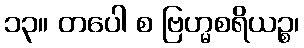
၁၃။ တပေါ စ ဗြဟ္မစရိယဉ္စ၊